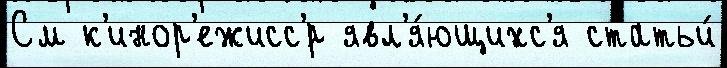
См к'инор'ежисс'́р явл'я́ющихс'я статьи́